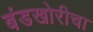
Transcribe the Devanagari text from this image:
बंडखोरीचा